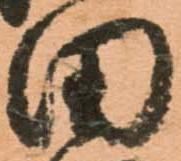
田